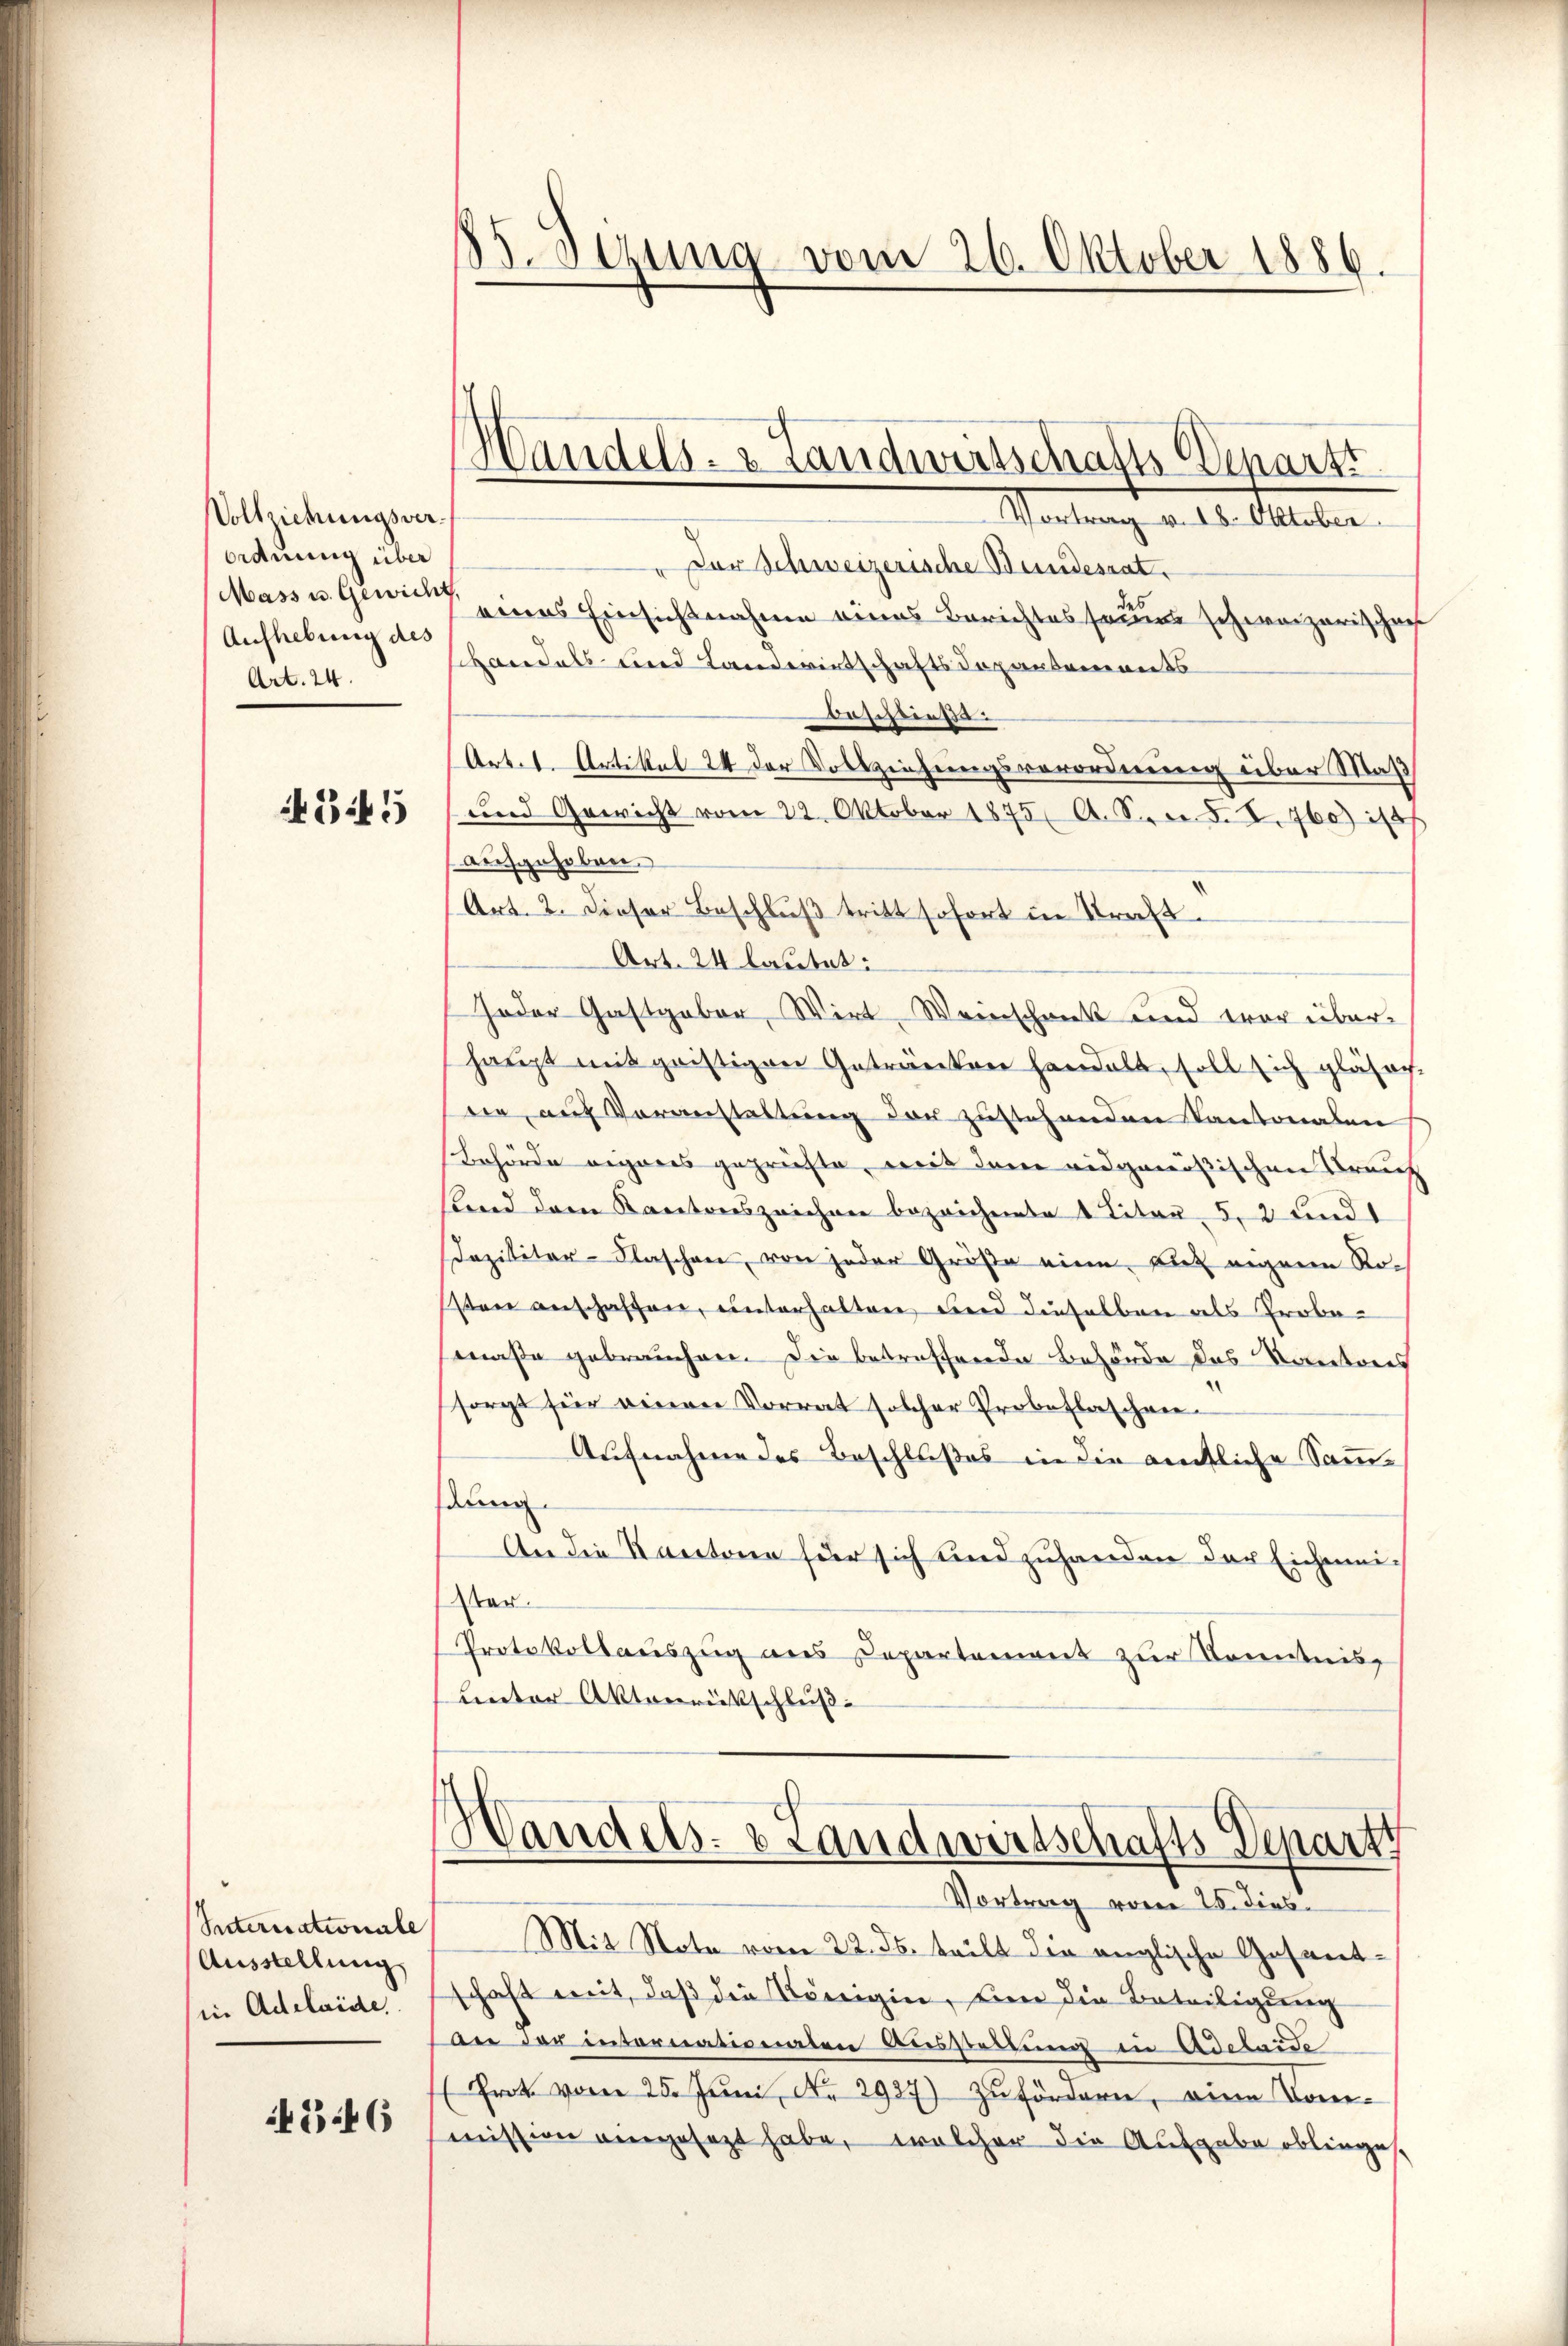
Vollziehungsver¬
Ordnung über
Mass u. Gewicht,
Aufhebung des
Art. 24.

545

Suternationale
Ausstellung
in Adelaide,

4346

Vortrag v. 18. Oktober.
" Der Schweizerische Bundesrat.
eines Einsichtnahme eines Berichtes sous schweizerischen
shandels und Landwirtschaftsdepartements
Dasistins:
Art. 1. Artikel 24 der Vollziehungsverordnung über Maß
und Gewicht vom 22. Oktober 1875. 6. Secr. 5. I. 760) is
aufgehoben.
Art. 2. Dieser Beschluß tritt sofort in Straft.
Art. 24 lautet:
Jeder Gastgaber, Wirt, Weinschmeckt und vor überhaupt mit geistigen Getränken handelt, soll sich gläsach-
nie, auf Voranstaltung der zustehenden Kantonalen
Behörde eigenes geprüfte, weis dann eidgenößischen Brauch
land dem Kantonszeichen bezeichnete 1 Titar 5, 3 und
Dazilitar-Flaschen, von jeder Größe eine gut eigene Rosten anschaffen, unterhalten, und dieselben als Probemaße gebrauchen. Die betreffende Behörde des Kantones
sorgt für einen Vorrat solcher Probeftaschein-
Aufnahme des Beschlußes in die amtliche Samm-
dung
An die Kantone für sich und zuhanden der Eichmei¬
Star.
Protokollauszug aus Departement zur Kenntnis
unter Aktenrückschluß

85. Sizung vom 26. Oktober 1886.

Handels- & Landwertschafts Venarzt

Vortrag vom 25. dies
Mit Note vom 22. ds. teilt die anglische Gesantschaft mit, daß die Königine, den die Beteiligung
an der internationaten Ausstellung in Adelaise
Prot. vom 25. Juni, No 2987) zufördern, eine Kommission angesezt habe, welcher die Aufgabe oblinges,

¬
Vandels- & Landwirtschafts Departi